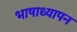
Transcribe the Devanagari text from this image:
भाषाध्यापन